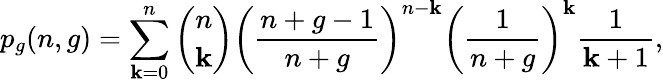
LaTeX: p_{g}(n,g)=\sum_{\mathbf{k}=0}^{n}\binom{n}{\mathbf{k}}\left(\frac{{n+g-1}}{{n+g}}\right)^{n-\mathbf{k}}\left(\frac{{1}}{{n+g}}\right)^{\mathbf{k}}\frac{{1}}{{\mathbf{k}+1}},